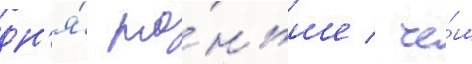
дн'я́ ра́ньше / че́м